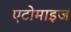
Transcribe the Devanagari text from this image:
एटोमाइज